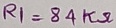
Text: R1=84KΩ